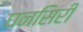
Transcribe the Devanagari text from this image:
घनसिरी